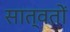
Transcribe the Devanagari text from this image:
सात्वतों